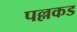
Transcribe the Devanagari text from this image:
पल्लकड